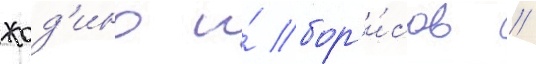
жод'ино и́ бор'и́сов //